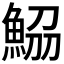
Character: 𩷂